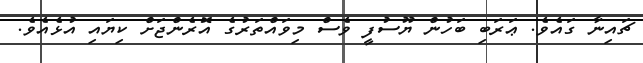
ޗައިނާ ގައެވެ. ޢަރަބި ބަހުން ޔޫސުފީ ވެސް މިވައްތަރުގެ އޮރެންޖަށް ކިޔައި އުޅެއެވެ.